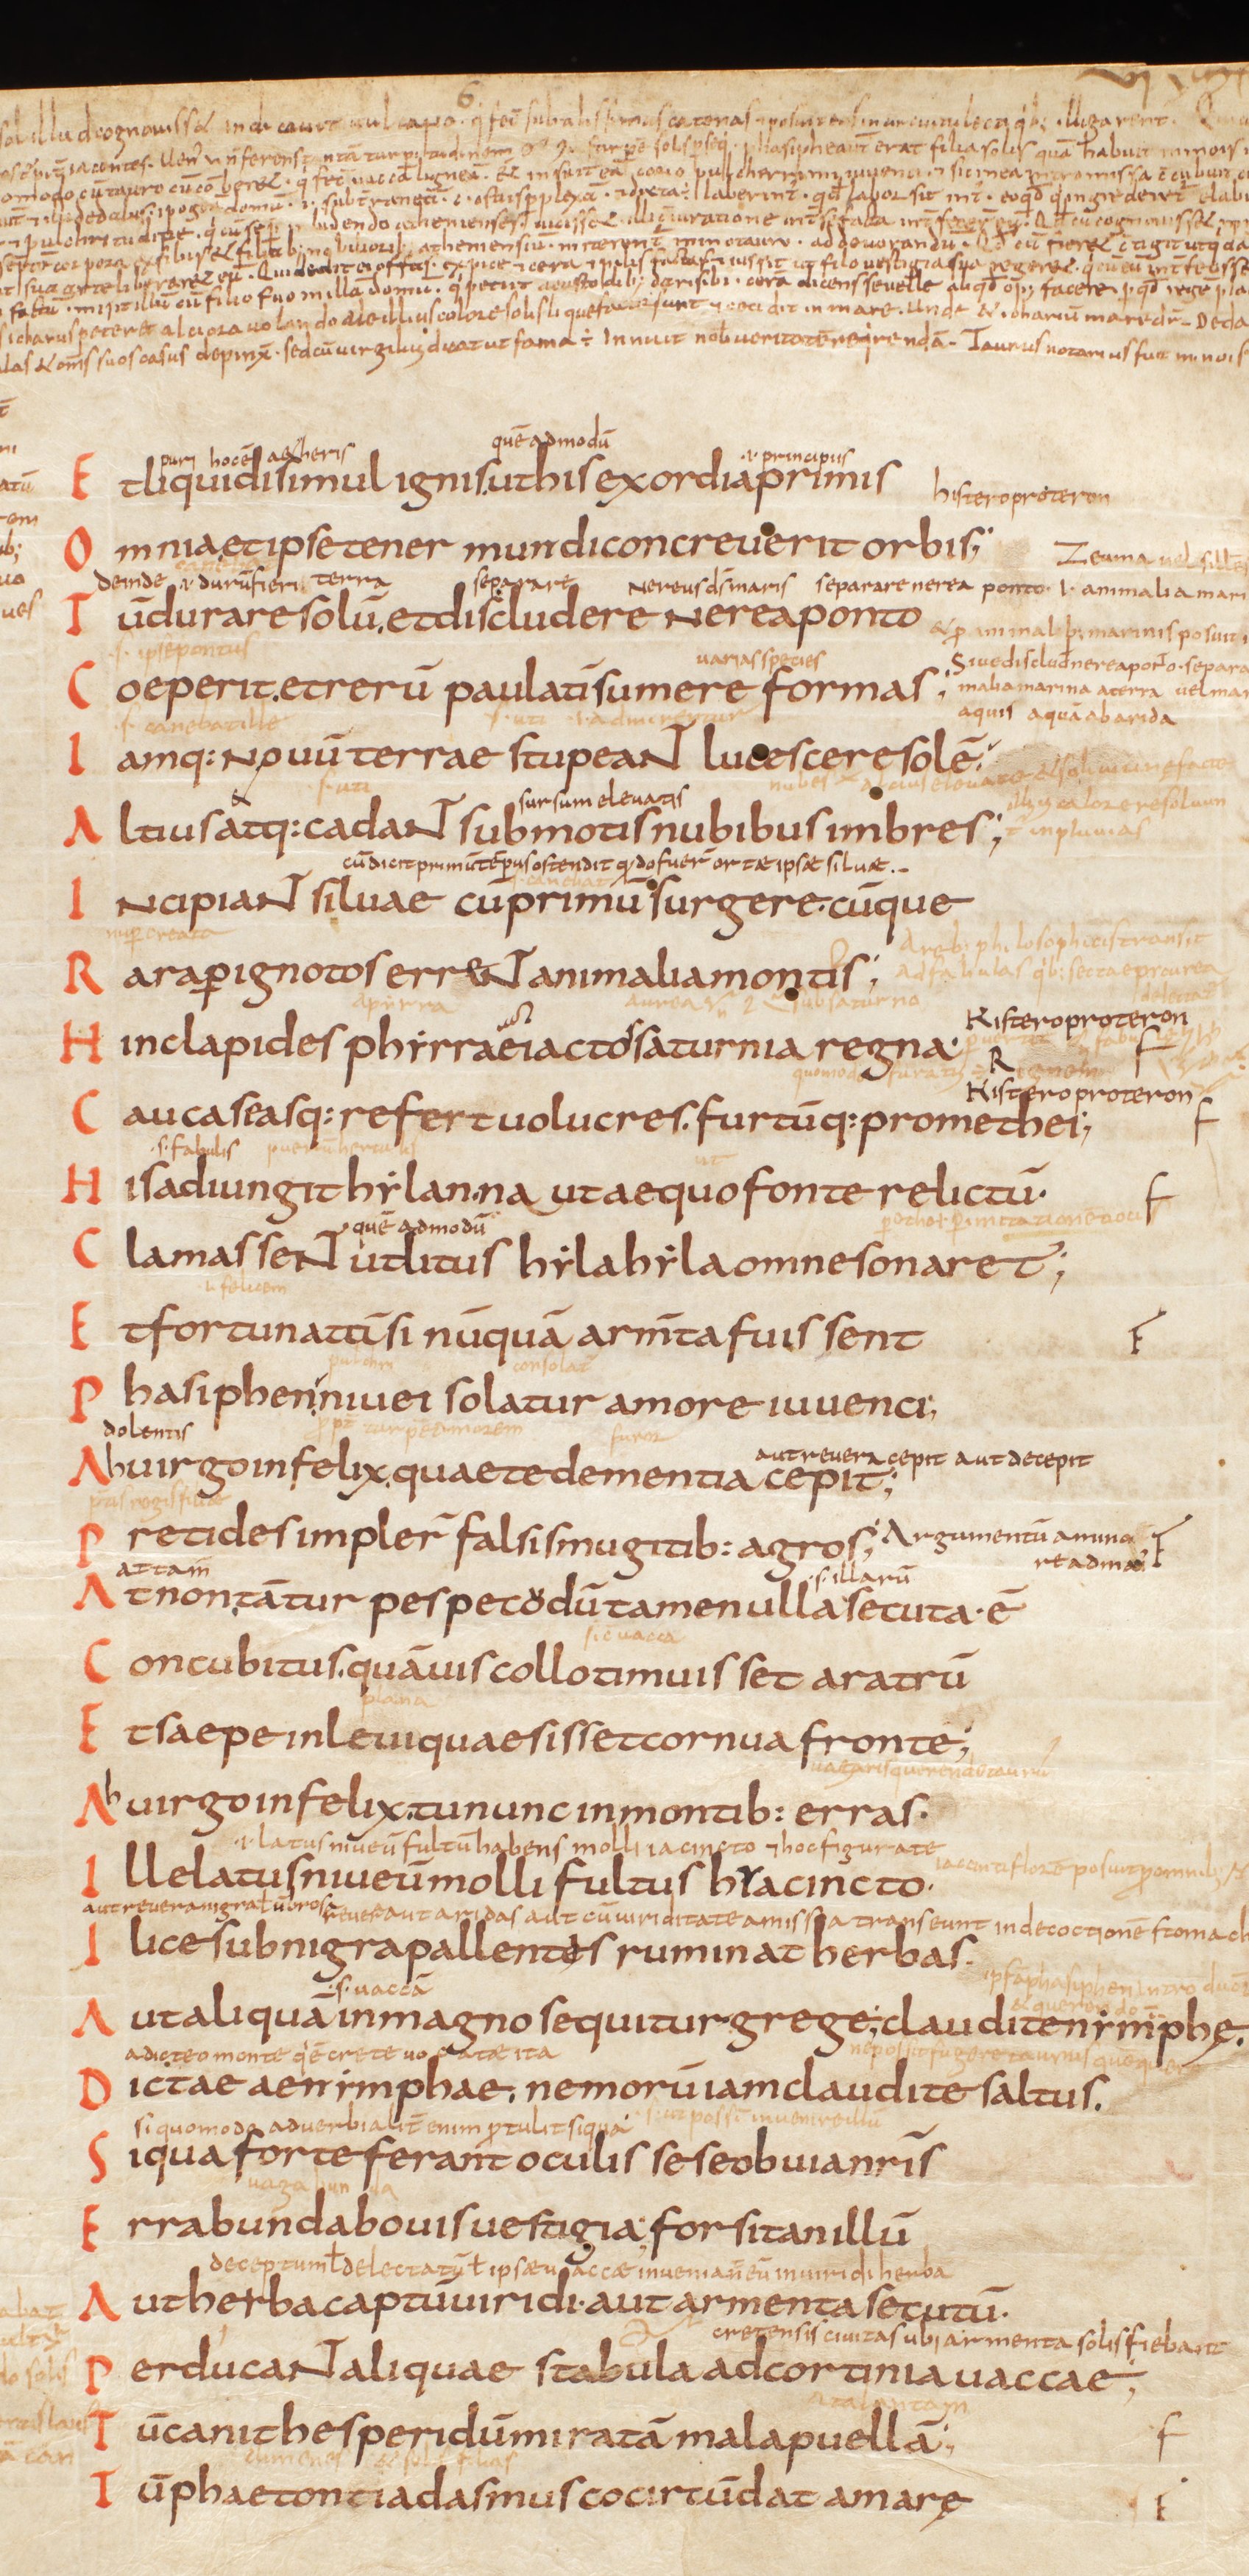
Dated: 825–849